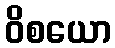
ဝိစယော